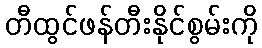
တီထွင်ဖန်တီးနိုင်စွမ်းကို